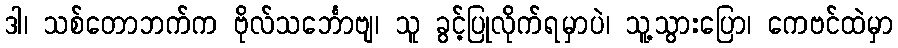
ဒါ၊ သစ်တောဘက်က ဗိုလ်သင်္ဘောဗျ၊ သူ ခွင့်ပြုလိုက်ရမှာပဲ၊ သူ့သွားပြော၊ ကေဗင်ထဲမှာ